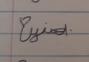
Signature authenticity: forged